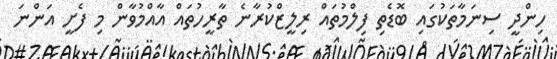
ހިންދީ ސިނަމާތަކުގައި ބޮޑެތި ފިލްމުތައް ރިލީޒްކުރާނެ ތާރީހުތައް އާއްމުވާން މި ފެށީ އަންނަ